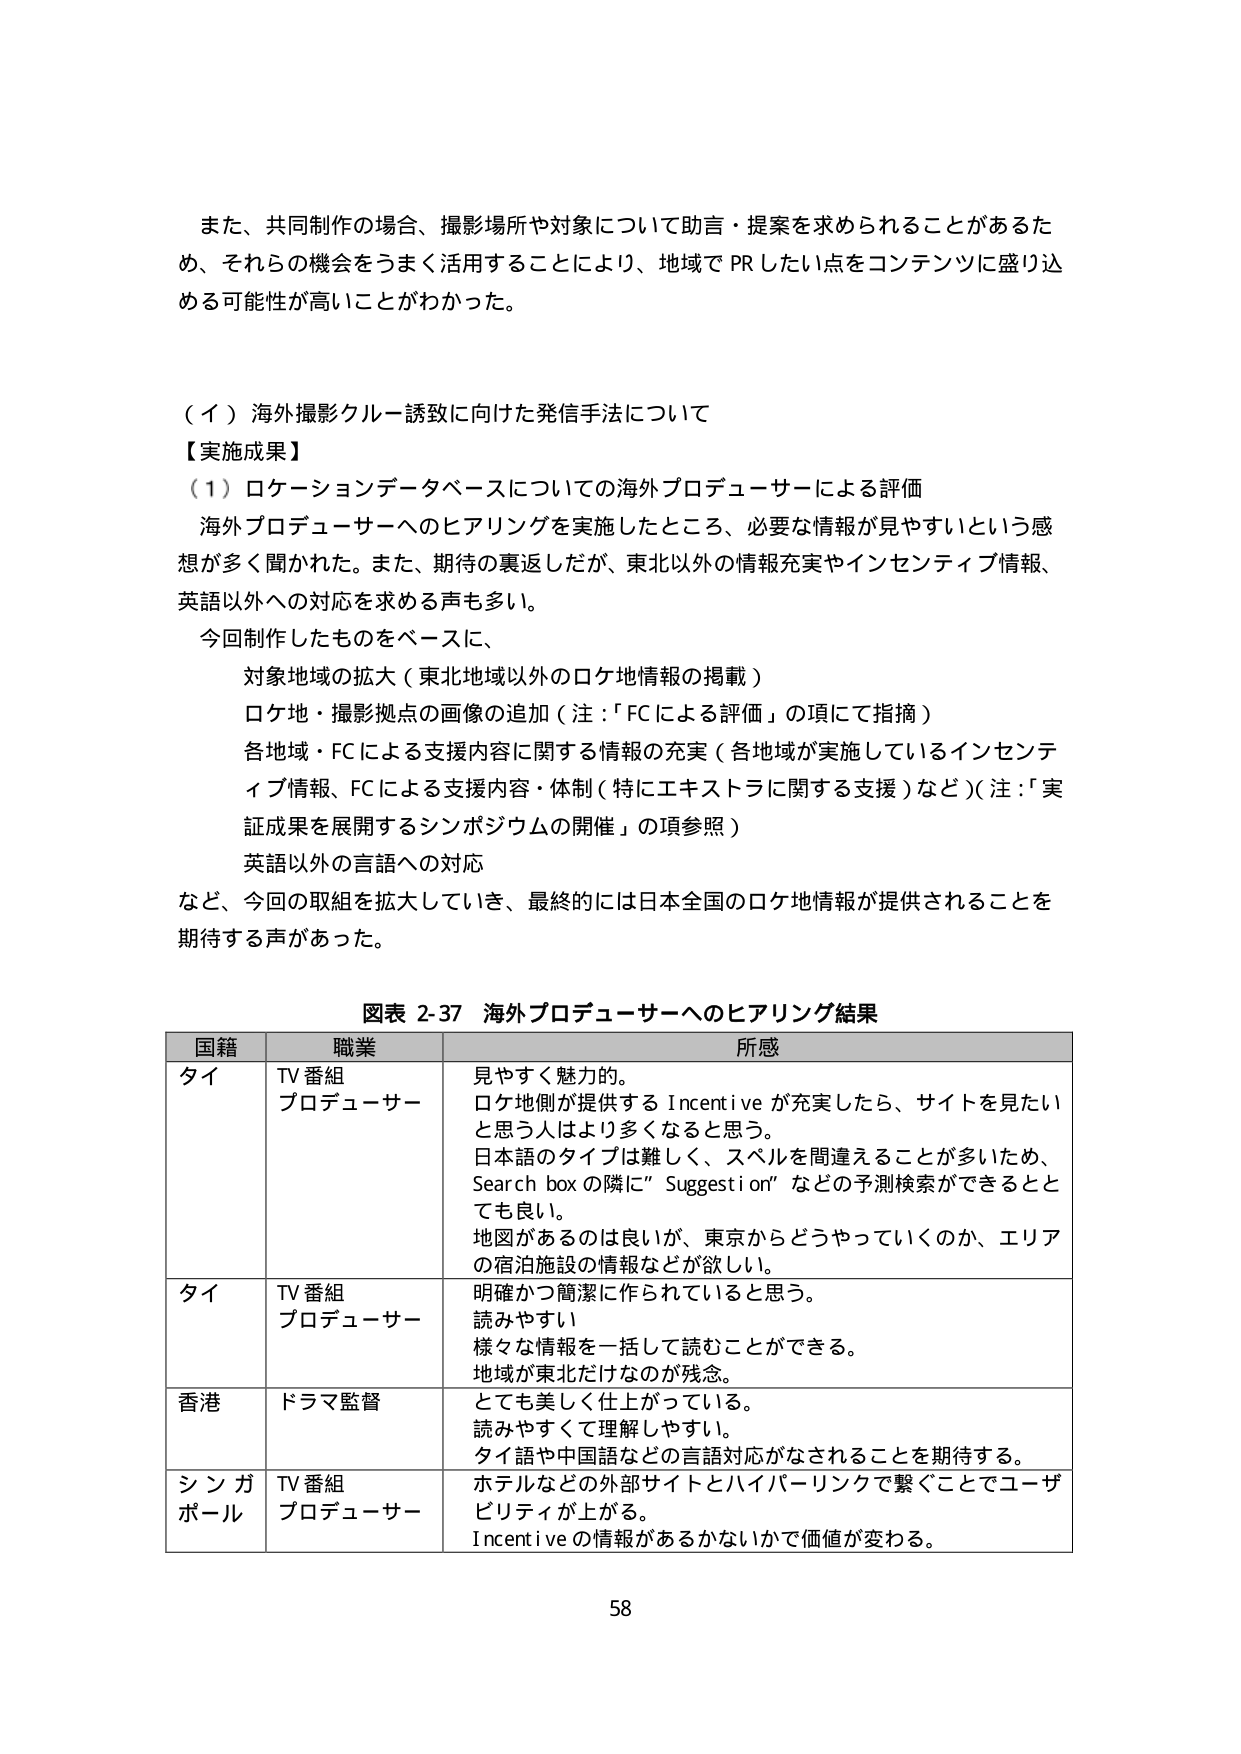
また、共同制作の場合、撮影場所や対象について助言・提案を求められることがあるため、それらの機会をうまく活用することにより、地域でPRしたい点をコンテンツに盛り込める可能性が高いことがわかった。

（イ）海外撮影クルー誘致に向けた発信手法について

【実施成果】

（1）ロケーションデータベースについての海外プロデューサーによる評価

海外プロデューサーへのヒアリングを実施したところ、必要な情報が見やすいという感想が多く聞かれた。また、期待の裏返しだが、東北以外の情報充実やインセンティブ情報、英語以外への対応を求める声も多い。

今回制作したものをベースに、

対象地域の拡大（東北地域以外のロケ地情報の掲載）

ロケ地・撮影拠点の画像の追加（注：「FCによる評価」の項にて指摘）

各地域・FCによる支援内容に関する情報の充実（各地域が実施しているインセンティブ情報、FCによる支援内容・体制（特にエキストラに関する支援）など）（注：「実証成果を展開するシンポジウムの開催」の項参照）

英語以外の言語への対応

など、今回の取組を拡大していき、最終的には日本全国のロケ地情報が提供されることを期待する声があった。

図表 2-37 海外プロデューサーへのヒアリング結果

国籍 職業 所感

タイ TV番組 プロデューサー 見やすく魅力的。 ロケ地側が提供する Incentive が充実したら、サイトを見たいと思う人はより多くなると思う。 日本語のタイプは難しく、スペルを間違えることが多いため、Search box の隣に「Suggestion」などの予測検索ができるととても良い。 地図があるのは良いが、東京からどうやっていくのか、エリアの宿泊施設の情報などが欲しい。

タイ TV番組 プロデューサー 明確かつ簡潔に作られていると思う。 読みやすい 様々な情報を一括して読むことができる。 地域が東北だけなのが残念。

香港 ドラマ監督 とても美しく仕上がっている。 読みやすくて理解しやすい。 タイ語や中国語などの言語対応がなされることを期待する。

シンガポール TV番組 プロデューサー ホテルなどの外部サイトとハイパーリンクで繋ぐことでユーザビリティが上がる。 Incentive の情報があるかないかで価値が変わる。

58